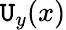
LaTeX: \mathtt{U}_{y}(x)